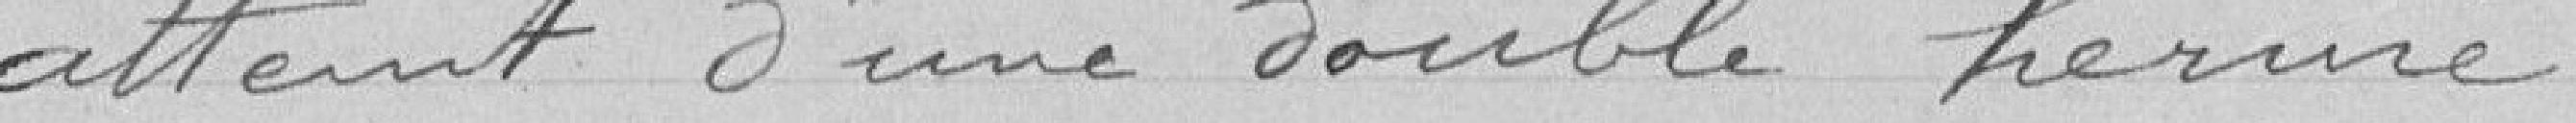
atteint d'une double hernie.